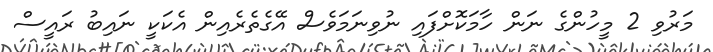
މަރުވި 2 މީހުންގެ ނަން ހާމަކޮށްފައި ނުވިނަމަވެސް އޭގެތެރެއިން އެކަކީ ނައިބު ރައީސް